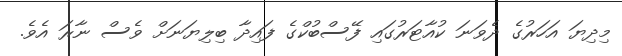
މިދިޔަ އަހަރުގެ ދެވަނަ ކުއާޓަރުގައި ފޭސްބުކްގެ ފައިދާ ބިލިޔަނަށް ވެސް ނާރަ އެވެ.